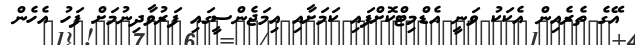
އޭގެ ތެރެއިން އެކަކު ވަނީ އެޑްމިޓްކޮށްފައި ކަމަށާއި އިމަޖެންސީގައި ފަރުވާދިނުމަށް ފަހު އެހެން